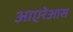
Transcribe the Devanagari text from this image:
आएरेआस